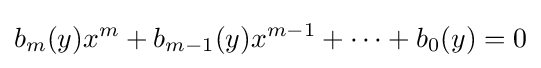
b_{m}(y)x^{m}+b_{m-1}(y)x^{m-1}+\cdots +b_{0}(y)=0